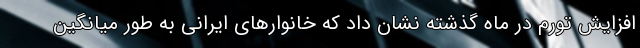
افزایش تورم در ماه گذشته نشان داد که خانوارهای ایرانی به طور میانگین